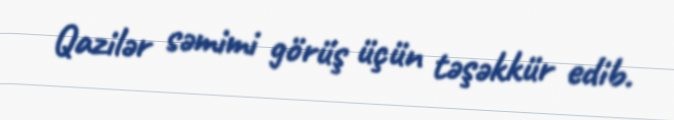
Qazilər səmimi görüş üçün təşəkkür edib.